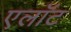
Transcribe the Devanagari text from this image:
एलॉट